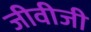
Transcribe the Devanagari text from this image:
जीवीजी